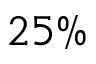
2 5 \%